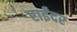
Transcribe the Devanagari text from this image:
राईंदर